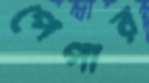
পেপার